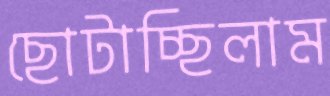
ছোটাচ্ছিলাম